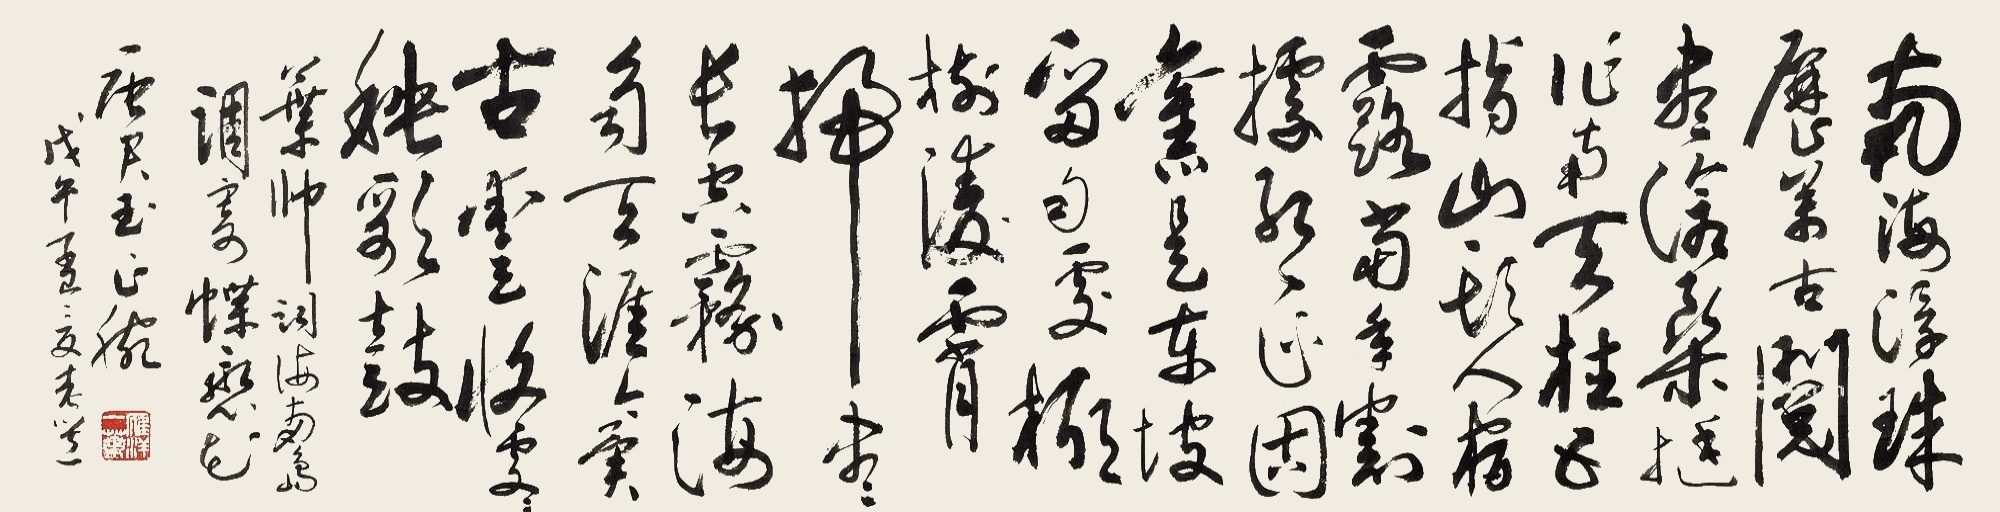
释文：南海浮珠历万古，阅尽沧桑，挺作南天柱。五指山头人宿露，当年割据红区固。旧是东坡留句处，椰树凌霄，扫尽长空雾。海角天涯今异古，丰收处处秧歌鼓。叶帅词《海南岛调寄蝶恋花》，唐君玉正腕，戊午孟夏老选。